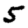
Digit: 5